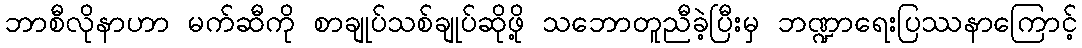
ဘာစီလိုနာဟာ မက်ဆီကို စာချုပ်သစ်ချုပ်ဆိုဖို့ သဘောတူညီခဲ့ပြီးမှ ဘဏ္ဍာရေးပြဿနာကြောင့်